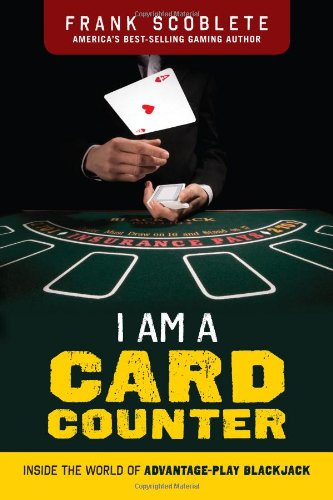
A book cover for I Am a Card Counter: Inside the World of Advantage-Play Blackjack!; Frank Scoblete; Humor & Entertainment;